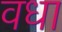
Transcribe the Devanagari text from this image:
वधा